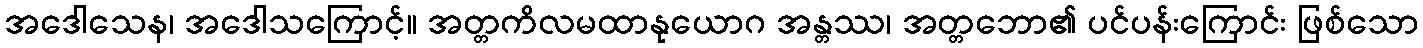
အဒေါသေန၊ အဒေါသကြောင့်။ အတ္တကိလမထာနုယောဂ အန္တဿ၊ အတ္တဘော၏ ပင်ပန်းကြောင်း ဖြစ်သော